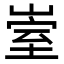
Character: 𡹭